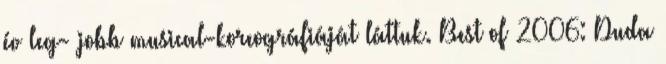
év leg- jobb musical-koreográfiáját láttuk. Best of 2006: Duda